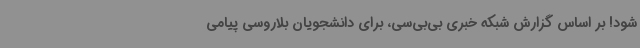
شود! بر اساس گزارش شبکه خبری بی‌بی‌سی، برای دانشجویان بلاروسی پیامی